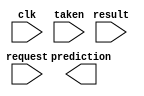
module predictor(input wire request, result, clk, taken, output reg prediction);

// Your code

endmodule